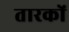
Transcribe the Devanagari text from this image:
तारकों